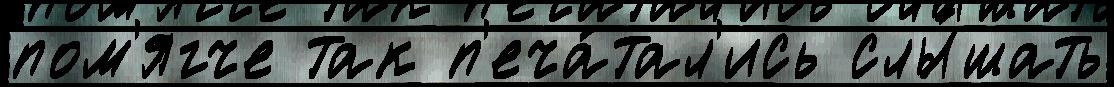
пом'ягче так п'еча́тал'ись слы́шать